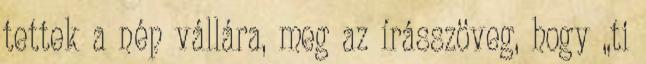
tettek a nép vállára, meg az írásszöveg, hogy „ti